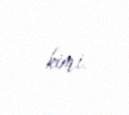
kimi.